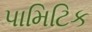
પામિટિક